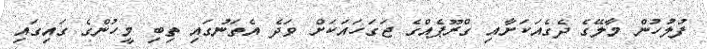
ފުލުހުން މާލޭގެ ދެގެއަކަށާއި ގްރޫޕެއްގެ ޖަގަހައަކަށް ވަދެ އެތަނުގައި ތިބި މީހުންގެ ގައިގައި